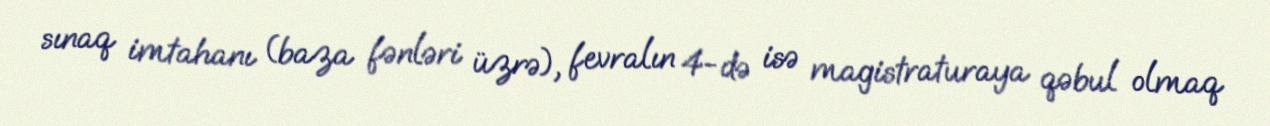
sınaq imtahanı (baza fənləri üzrə), fevralın 4-də isə magistraturaya qəbul olmaq